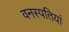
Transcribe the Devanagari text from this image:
वनस्‍पतियां